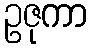
ဥဇုကာ